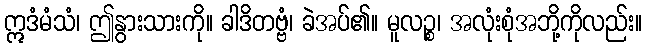
ဣဒံမံသံ၊ ဤနွားသားကို။ ခါဒိတဗ္ဗံ၊ ခဲအပ်၏။ မူလဉ္စ၊ အလုံးစုံအဘို့ကိုလည်း။